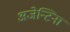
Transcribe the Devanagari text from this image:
अजेन्टिना